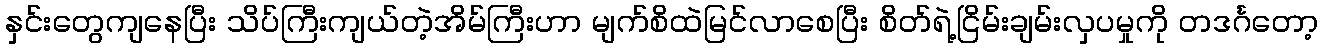
နှင်းတွေကျနေပြီး သိပ်ကြီးကျယ်တဲ့အိမ်ကြီးဟာ မျက်စိထဲမြင်လာစေပြီး စိတ်ရဲ့ငြိမ်းချမ်းလှပမှုကို တဒင်္ဂတော့